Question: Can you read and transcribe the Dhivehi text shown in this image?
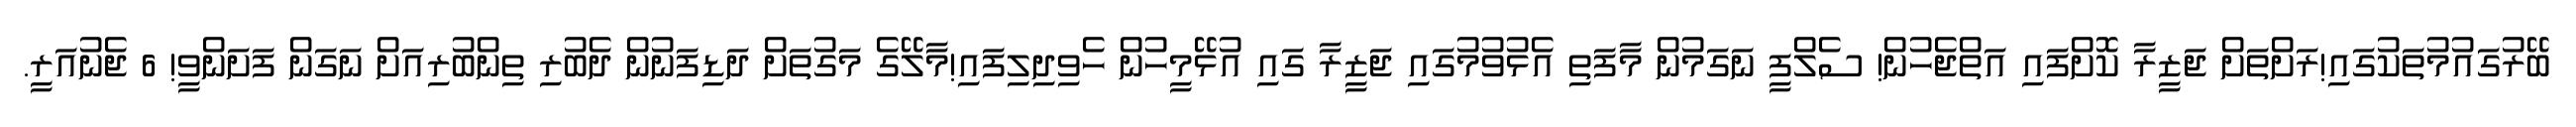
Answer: ބޭރުގައުމުތަކުގައި!ރަށްތަށް ޖަޒީރާ ކޮށްފައި އަތްޖެހުން! ސެލްފީ ނަގަމުން މާފަތި އެޅުވުމުގައި ޖަޒީރާ ގައި އުޅޭމީހުން ހެވިދިލިފައި!މާލޭގެ މަގުތަށް ދަޑިފަނުން ދެބުރި ތިންބުރިއަށް ނަގަން ފަށަންވީ! 6 ޖެނުއަރީ.